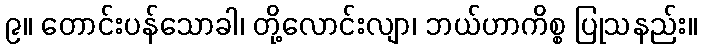
၉။ တောင်းပန်သောခါ၊ တို့လောင်းလျာ၊ ဘယ်ဟာကိစ္စ ပြုသနည်း။